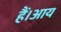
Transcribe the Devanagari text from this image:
हैं।आय